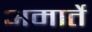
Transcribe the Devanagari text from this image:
अमार्ते